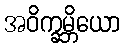
အဝိက္ခမ္ဘိယော